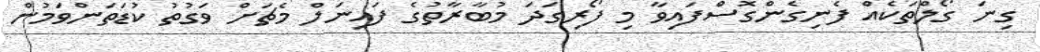
ގިނަ ގޯލްތަކެއް ފެނިގެންގޮސްފައިވާ މި ފޯރިގަދަ މުބާރާތުގެ ފައިނަލް މެޗަށް ވަގުތު ކުޑަތަންވަމުން